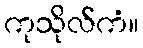
ကုသိုလ်ကံ။